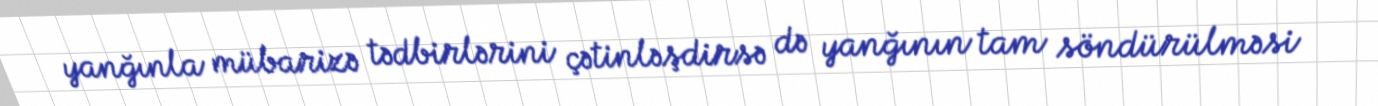
yanğınla mübarizə tədbirlərini çətinləşdirsə də yanğının tam söndürülməsi